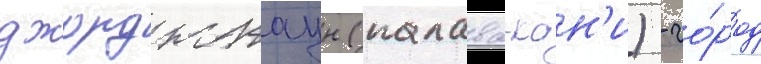
джорджтаун (палава-кан'и) - го́род